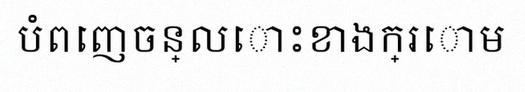
បំពេញចន្លោះខាងក្រោម